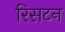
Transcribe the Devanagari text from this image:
रिसटन